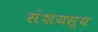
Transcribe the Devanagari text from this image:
संशयस्य